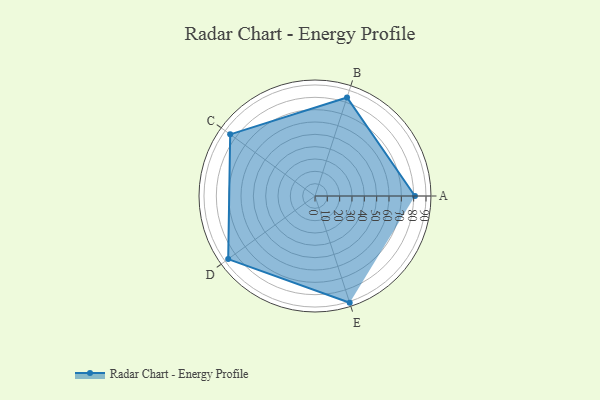
{"axis": {"x": "Skill", "y": "Score"}, "legend": ["Profile"], "data": [{"x": "A", "y": 81.0, "type": "Profile"}, {"x": "B", "y": 84.0, "type": "Profile"}, {"x": "C", "y": 85.0, "type": "Profile"}, {"x": "D", "y": 87.0, "type": "Profile"}, {"x": "E", "y": 91.0, "type": "Profile"}]}